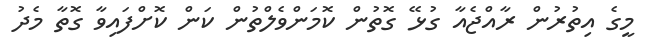
މީގެ އިތުރުން ރާއްޖެއާ ގުޅޭ ގޮތުން ކޮމަންވެލްތުން ކަން ކޮށްފައިވާ ގޮތާ މެދު